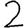
Digit: 2